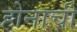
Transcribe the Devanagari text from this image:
होनाची